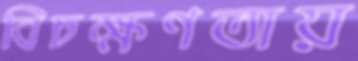
বিচক্ষণতায়